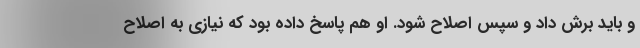
و باید برش داد و سپس اصلاح شود. او هم پاسخ داده بود که نیازی به اصلاح